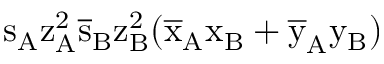
\mathrm { s _ { A } \mathrm { z _ { A } ^ { 2 } \mathrm { \overline { { s } } _ { B } \mathrm { z _ { B } ^ { 2 } ( \mathrm { \overline { { x } } _ { A } \mathrm { x _ { B } + \mathrm { \overline { { y } } _ { A } \mathrm { y _ { B } ) } } } } } } } }